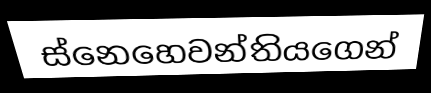
ස්නෙහෙවන්තියගෙන්